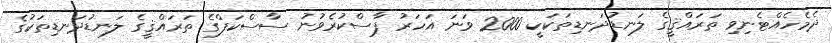
ދެމެހެއްޓެނިވި ތަރައްޤީގެ ލަނޑުދަނޑިތަކަކީ 2000 ވަނަ އަހަރު ފާސްކުރެވުނު ސާސްކަފްގެ ތަރައްޤީގެ ލަނޑުދަނޑިތަކުގެ